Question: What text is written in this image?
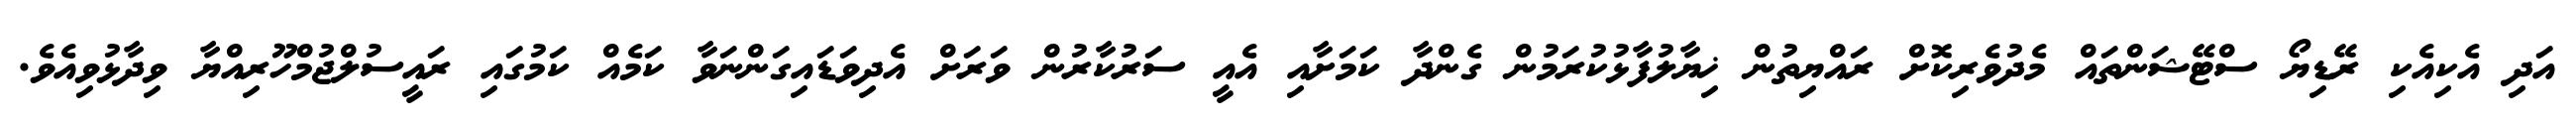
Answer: އަދި އެކިއެކި ރޭޑިޔޯ ސްޓޭޝަންތައް މެދުވެރިކޮށް ރައްޔިތުން ޚިޔާލުފާޅުކުރަމުން ގެންދާ ކަމަށާއި އެއީ ސަރުކާރުން ވަރަށް އެދިވަޑައިގަންނަވާ ކަމެއް ކަމުގައި ރައީސުލްޖުމްހޫރިއްޔާ ވިދާޅުވިއެވެ.